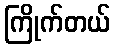
ကြိုက်တယ်